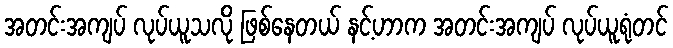
အတင်းအကျပ် လုပ်ယူသလို ဖြစ်နေတယ် နင့်ဟာက အတင်းအကျပ် လုပ်ယူရုံတင်